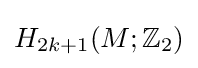
H_{2k+1}(M;\mathbb {Z} _{2})